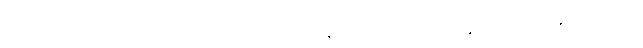
မတ္ထကေ၊ ဦးခေါင်းထက်၌။ စက္ကံ၊ သင်ဓုန်းစက်သည်။ ဘမတိ၊ လည်၏။ ယေစ၊